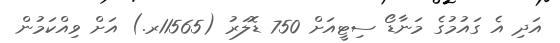
އަދި އެ ގައުމުގެ މަނާޑޯ ސިޓީއަށް 750 ޑޮލަރު (11565ރ.) އަށް ވިއްކަމުން